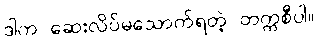
ဒါက ဆေးလိပ်မသောက်ရတဲ့ တက္ကစီပါ။